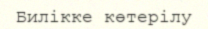
Билікке көтерілу